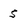
Character: 5